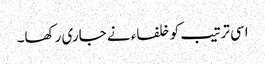
اسی ترتیب کو خلفاء نے جاری رکھا۔